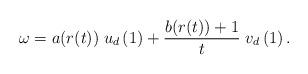
LaTeX: \begin{align*}\omega= a(r(t))\;u_{d}\left(1\right)+\frac{b(r(t))+1}{t}\;v_{d}\left(1\right).\end{align*}